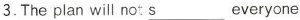
3.The plan will not \underline{s} everyone.